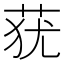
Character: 莸